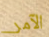
الآمر